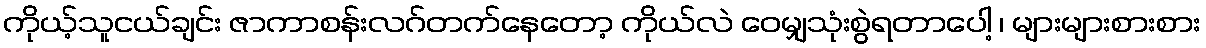
ကိုယ့်သူငယ်ချင်း ဇာကာစန်းလဂ်တက်နေတော့ ကိုယ်လဲ ဝေမျှသုံးစွဲရတာပေါ့ ၊ များများစားစား